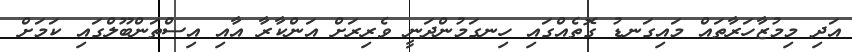
އަދި މިމުޒާހަރާތައް މައިގަނޑު ގޮތެއްގައި ހިނގަމުންދަނީ ވެރިރަށް އަންކާރާ އާއި އިސްތަންބޫލްގައި ކަމަށް